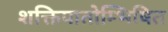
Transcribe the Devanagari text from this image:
शक्तिपातोम्भिषित